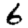
Digit: 6